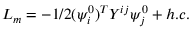
\, \, { \cal { L } } _ { m } = - 1 / 2 ( \psi _ { i } ^ { 0 } ) ^ { T } Y ^ { i j } \psi _ { j } ^ { 0 } + h . c .